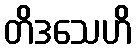
တိဒသေဟိ